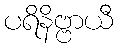
ပရိနိဗ္ဗာယီ